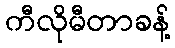
ကီလိုမီတာခန့်